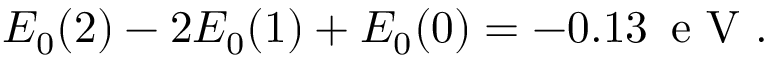
\begin{array} { r } { E _ { 0 } ( 2 ) - 2 E _ { 0 } ( 1 ) + E _ { 0 } ( 0 ) = - 0 . 1 3 \, \mathrm { ~ e ~ V ~ } . } \end{array}